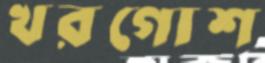
খরগোশ